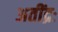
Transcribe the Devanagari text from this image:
अतींद्रः